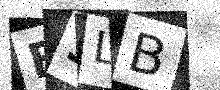
Text: B3LB